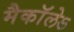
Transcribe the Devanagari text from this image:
मैकाॅलेऽ